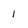
Character: i